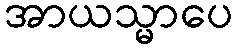
အာယသ္မာပေ